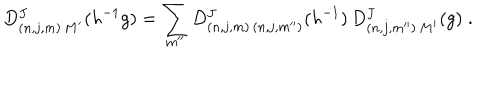
D _ { ( n , j , m ) \, M ^ { \prime } } ^ { J } ( h ^ { - 1 } g ) = \sum _ { m ^ { \prime \prime } } D _ { ( n , j , m ) \, ( n , j , m ^ { \prime \prime } ) } ^ { J } ( h ^ { - 1 } ) \, D _ { ( n , j , m ^ { \prime \prime } ) \, M ^ { \prime } } ^ { J } ( g ) \; .